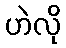
ဟဲလို